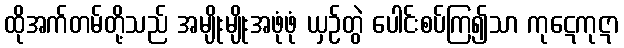
ထိုအက်တမ်တို့သည် အမျိုးမျိုးအဖုံဖုံ ယှဉ်တွဲ ပေါင်းစပ်ကြ၍သာ ကုဋေကုဋာ